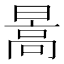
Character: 暠